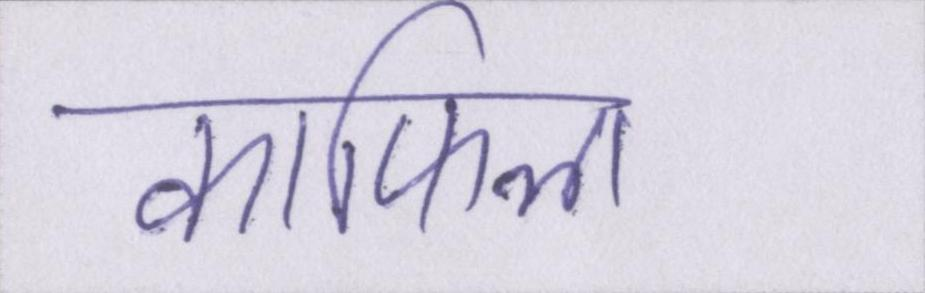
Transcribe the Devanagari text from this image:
काफिला